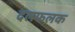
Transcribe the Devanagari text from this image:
दलफलक